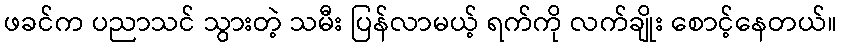
ဖခင်က ပညာသင် သွားတဲ့ သမီး ပြန်လာမယ့် ရက်ကို လက်ချိုး စောင့်နေတယ်။